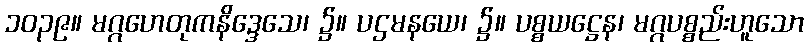
၁၀၃၉။ မဂ္ဂဟေတုကနိဒ္ဒေသေ၊ ၌။ ပဌမနယေ၊ ၌။ ပစ္စယဋ္ဌေန၊ မဂ္ဂပစ္စည်းဟူသော